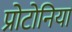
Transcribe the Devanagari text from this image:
प्रोटोनिया